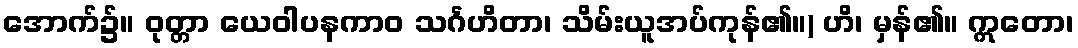
အောက်၌။ ဝုတ္တာ ယေဝါပနကာဝ သင်္ဂဟိတာ၊ သိမ်းယူအပ်ကုန်၏။) ဟိ၊ မှန်၏။ ဣတော၊